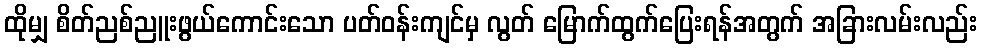
ထိုမျှ စိတ်ညစ်ညူးဖွယ်ကောင်းသော ပတ်ဝန်းကျင်မှ လွတ် မြောက်ထွက်ပြေးရန်အတွက် အခြားလမ်းလည်း